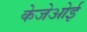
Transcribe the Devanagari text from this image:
केजेओई